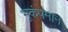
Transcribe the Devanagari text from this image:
भूकंपमान